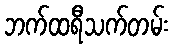
ဘက်ထရီသက်တမ်း